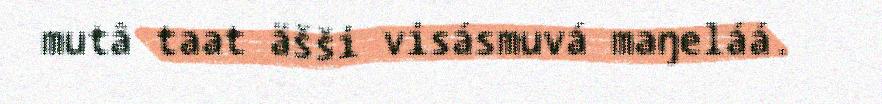
mutâ taat äšši visásmuvá maŋeláá.